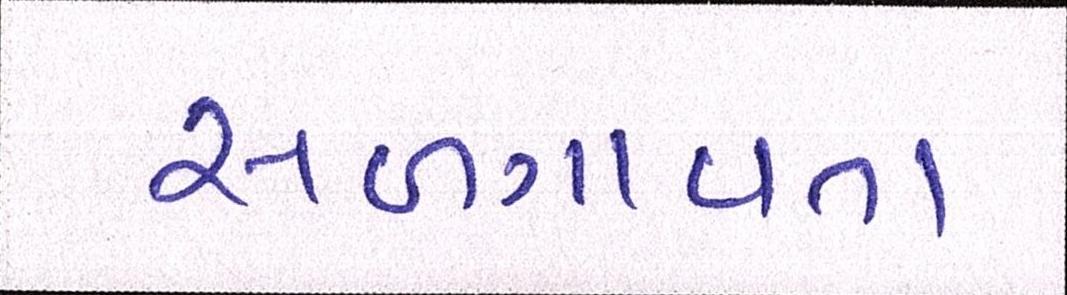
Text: સળગાવતા